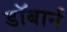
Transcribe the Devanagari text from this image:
डॉबार्न